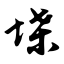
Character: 堞